Lunatic asylums Punjab 1881-1894 - 1881-1894
Year: 1881
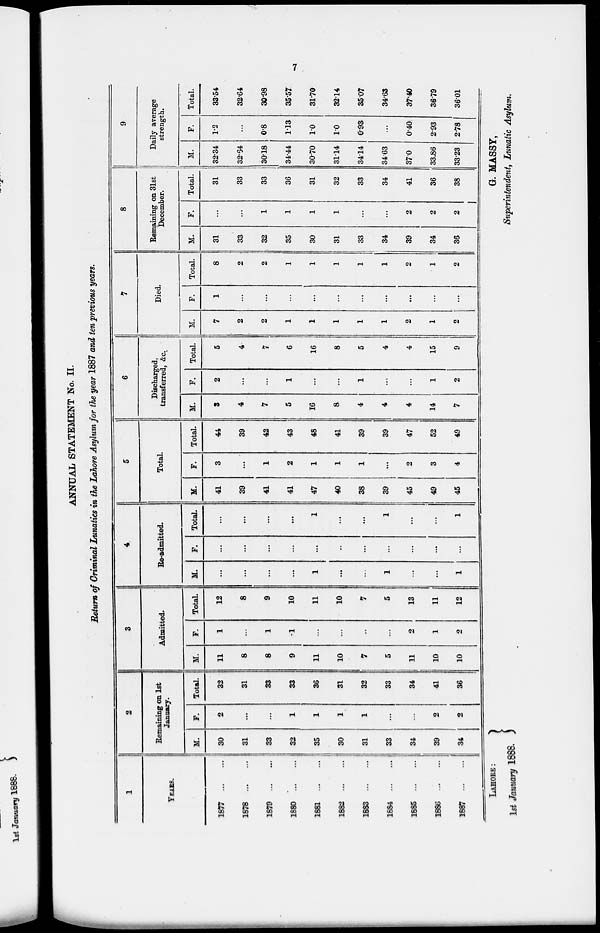
7
ANNUAL STATEMENT No. II.
Return of Criminal Lunatics in the Lahore Asylum for the year 1887 and ten previous years.
1
YEARS.
1877
...
...
1878
...
...
1879
...
...
1880
...
...
1881
...
...
1882
...
...
1883
...
...
1884
...
...
1885
...
...
1886
...
...
1887
...
...
2
Remaining on 1st
Jannary.
M.
30
31
33
32
35
30
31
33
34
39
34
F.
2
...
...
1
1
1
1
...
...
2
2
Total.
32
31
33
33
36
31
32
33
34
41
36
3
Admitted.
M.
11
8
8
9
11
10
7
5
11
10
10
F.
1
...
1
1
...
...
..
...
2
1
2
Total.
12
8
9
10
11
10
7
5
13
11
12
4
Re-admitted.
M.
...
...
...
...
1
...
...
1
...
...
1
F.
...
...
...
...
...
...
...
...
...
...
...
Total.
...
...
...
...
1
...
...
1
...
...
1
5
Total.
M.
41
39
41
41
47
40
38
39
45
49
45
F.
3
...
1
2
1
1
1
...
2
3
4
Total.
44
39
42
43
48
41
39
39
47
52
49
6
Discharged,
transferred, &c.
M.
3
4
7
5
16
8
4
4
4
14
7
F.
2
...
...
1
...
...
1
...
...
1
2
Total.
5
4
7
6
16
8
5
4
4
15
9
7
Died.
M.
7
2
2
1
1
1
1
1
2
1
2
F.
1
...
...
...
...
...
...
...
...
...
...
Total.
8
2
2
1
1
1
1
1
2
1
2
8
Remaining on 31st
December.
M.
31
33
32
35
30
31
33
34
39
34
36
F.
...
...
1
1
1
1
...
...
2
2
2
Total.
31
33
33
36
31
32
33
34
41
36
38
9
Daily average
strength.
M.
32.34
32.64
30.18
34.44
30.70
31.14
34.14
34.63
37.0
33.86
33.23
F.
1.2
...
0.8
1.13
1.0
1.0
0.93
...
0.40
2.93
2.78
Total.
33.54
32.64
30.98
35.57
31.70
32.14
35.07
34.63
37.40
36.79
36.01
LAHORE :
1st January 1888.
G. MASSY,
Superintendent, Lunatic Asylum.